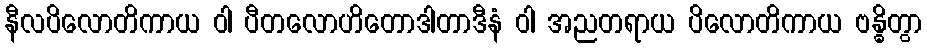
နီလပိလောတိကာယ ဝါ ပီတလောဟိတောဒါတာဒီနံ ဝါ အညတရာယ ပိလောတိကာယ ဗန္ဓိတွာ